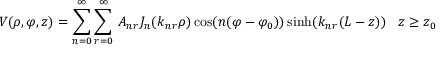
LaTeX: V ( \rho , \varphi , z ) = \sum _ { n = 0 } ^ { \infty } \sum _ { r = 0 } ^ { \infty } \, A _ { n r } J _ { n } ( k _ { n r } \rho ) \cos ( n ( \varphi - \varphi _ { 0 } ) ) \sinh ( k _ { n r } ( L - z ) ) \, \, \, \, \, z \geq z _ { 0 }